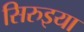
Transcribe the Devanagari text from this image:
सिरुइया